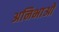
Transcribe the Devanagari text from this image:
अनिभाओ